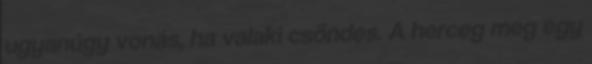
ugyanúgy vonás, ha valaki csöndes. A herceg meg egy